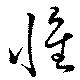
懷